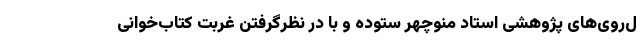
ل‌رَوی‌های پژوهشی استاد منوچهر ستوده و با در نظرگرفتن غربت کتاب‌خوانی